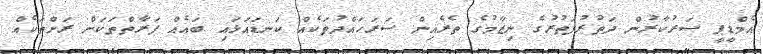
އެމްޑީޕީ ސަރުކާރުން ދަތުރުފަތުރުގެ ނިޒާމުގެ ތެރެއިން ސަރަހައްދުތަކެއް ކަނޑައަޅައި ބައެއް ފަރާތްތަކަށް ރަށްތަކެއް